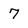
Character: 7